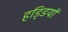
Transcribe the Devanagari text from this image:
हडि्‍डयों